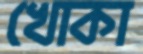
খোকা